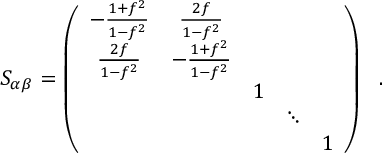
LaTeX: S _ { \alpha \beta } = \left( \begin{array} { c c c c c } { { - \frac { 1 + f ^ { 2 } } { 1 - f ^ { 2 } } } } & { { \frac { 2 f } { 1 - f ^ { 2 } } } } & { { } } & { { } } & { { } } \\ { { \frac { 2 f } { 1 - f ^ { 2 } } } } & { { - \frac { 1 + f ^ { 2 } } { 1 - f ^ { 2 } } } } & { { } } & { { } } & { { } } \\ { { } } & { { } } & { { 1 } } & { { } } & { { } } \\ { { } } & { { } } & { { } } & { { \ddots } } & { { } } \\ { { } } & { { } } & { { } } & { { } } & { { 1 } } \end{array} \right) ~ ~ .